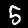
Label: 5